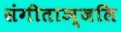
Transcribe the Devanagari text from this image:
संगीताञ्जलि